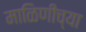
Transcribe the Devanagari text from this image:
माळिणीच्या